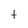
Character: t